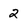
Character: 2